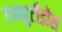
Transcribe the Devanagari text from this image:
एम्ब्युटीडोस